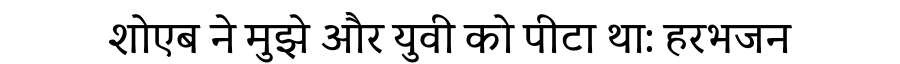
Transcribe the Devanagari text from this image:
शोएब ने मुझे और युवी को पीटा था: हरभजन